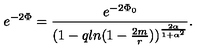
e ^ { - 2 \Phi } = { \frac { e ^ { - 2 \Phi _ { 0 } } } { ( 1 - q l n ( 1 - { \frac { 2 m } { r } } ) ) ^ { \frac { 2 \alpha } { 1 + \alpha ^ { 2 } } } } } .